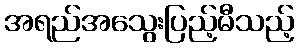
အရည်အသွေးပြည့်မီသည့်